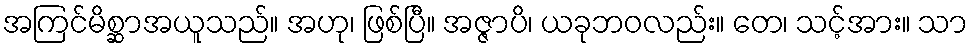
အကြင်မိစ္ဆာအယူသည်။ အဟု၊ ဖြစ်ပြီ။ အဇ္ဇာပိ၊ ယခုဘဝလည်း။ တေ၊ သင့်အား။ သာ